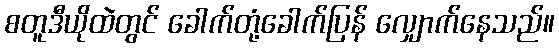
စတူဒီယိုထဲတွင် ခေါက်တုံ့ခေါက်ပြန် လျှောက်နေသည်။